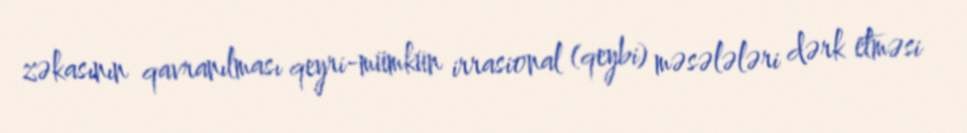
zəkasının qavranılması qeyri-mümkün irrasional (qeybi) məsələləri dərk etməsi